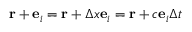
\mathbf { r } + { \bf e } _ { i } = \mathbf { r } + \Delta x { \bf e } _ { i } = \mathbf { r } + c { \bf e } _ { i } \Delta t